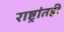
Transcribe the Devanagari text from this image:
राष्ट्रांतही